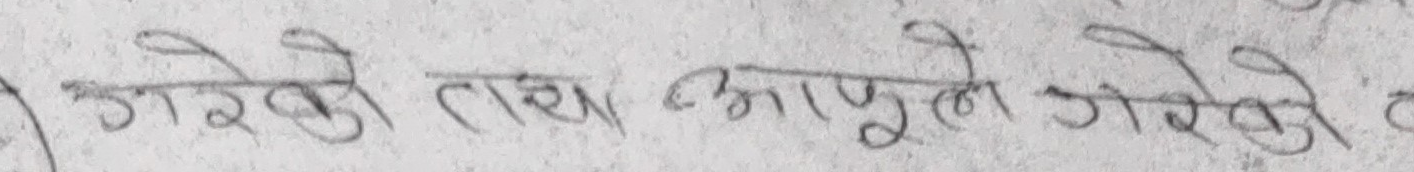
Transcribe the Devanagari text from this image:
गरेको तथा आपुले गरेको र